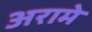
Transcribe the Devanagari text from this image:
अरामे